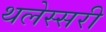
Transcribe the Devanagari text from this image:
थलेस्सरी